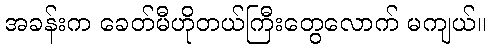
အခန်းက ခေတ်မီဟိုတယ်ကြီးတွေလောက် မကျယ်။